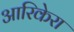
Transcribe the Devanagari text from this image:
आरिकेरा